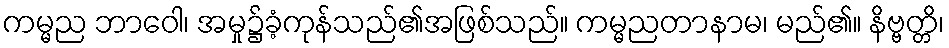
ကမ္မည ဘာဝေါ၊ အမှု၌ခံ့ကုန်သည်၏အဖြစ်သည်။ ကမ္မညတာနာမ၊ မည်၏။ နိဗ္ဗတ္တိ၊